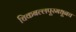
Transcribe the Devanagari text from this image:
चिकबल्लपूरमधूनच